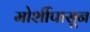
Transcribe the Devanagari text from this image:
मोर्शीपासून